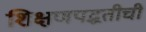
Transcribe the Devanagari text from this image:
शिक्षणपद्धतीची